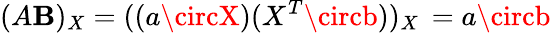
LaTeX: (A\mathbf{B})_{X}=((a\circX)(X^{T}\circb))_{X}\, =a\circb